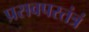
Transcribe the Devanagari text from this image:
प्रसवपरतंत्रं